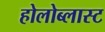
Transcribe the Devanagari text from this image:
होलोब्लास्ट